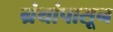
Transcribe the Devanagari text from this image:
ग्रंथांपासून